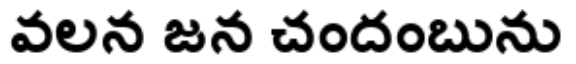
వలన జన చందంబును